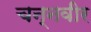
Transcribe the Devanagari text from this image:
चन्नवीर